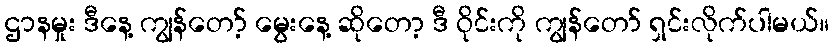
ဌာနမှုး ဒီနေ့ ကျွန်တော့် မွေးနေ့ ဆိုတော့ ဒီ ဝိုင်းကို ကျွန်တော် ရှင်းလိုက်ပါမယ်။